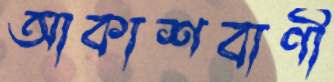
আকাশবাণী